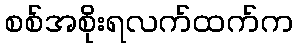
စစ်အစိုးရလက်ထက်က